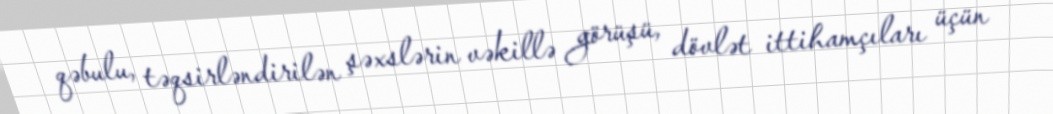
qəbulu, təqsirləndirilən şəxslərin vəkillə görüşü, dövlət ittihamçıları üçün